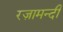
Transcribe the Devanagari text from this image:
रज़ामन्दी